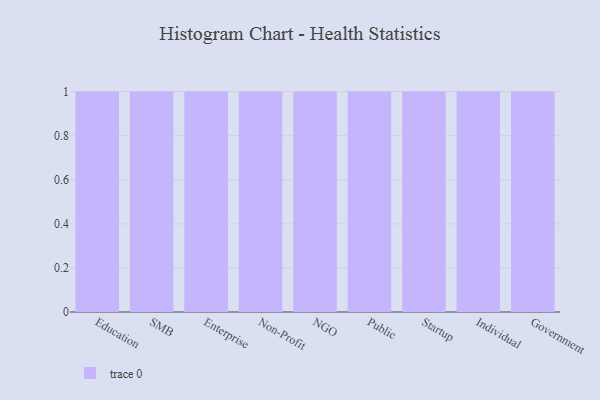
{"axis": {"x": "Segment", "y": "Website Visitors"}, "legend": [""], "data": [{"x": "Education", "y": 70, "type": ""}, {"x": "SMB", "y": 69, "type": ""}, {"x": "Enterprise", "y": 80, "type": ""}, {"x": "Non-Profit", "y": 18, "type": ""}, {"x": "NGO", "y": 5, "type": ""}, {"x": "Public", "y": 64, "type": ""}, {"x": "Startup", "y": 10, "type": ""}, {"x": "Individual", "y": 41, "type": ""}, {"x": "Government", "y": 82, "type": ""}]}